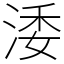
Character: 涹